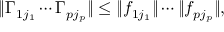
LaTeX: \| \Gamma _ { 1 j _ { 1 } } \cdots \Gamma _ { p j _ { p } } \| \le \| f _ { 1 j _ { 1 } } \| \cdots \| f _ { p j _ { p } } \| ,